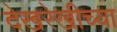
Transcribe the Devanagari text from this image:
देखरेखीच्या